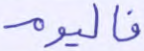
فاليوم